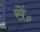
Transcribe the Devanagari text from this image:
सें॰